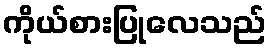
ကိုယ်စားပြုလေသည်